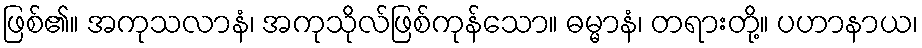
ဖြစ်၏။ အကုသလာနံ၊ အကုသိုလ်ဖြစ်ကုန်သော။ ဓမ္မာနံ၊ တရားတို့။ ပဟာနာယ၊